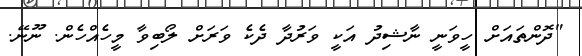
"ދޮންތައަށް ހީވަނީ ނާޝިދު އަކީ ވަރުދާ ދެކެ ވަރަށް ލޯބިވާ މީހެއްހެން. ނޫނޭ.